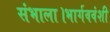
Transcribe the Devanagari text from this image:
संभाला।भार्गववंशी